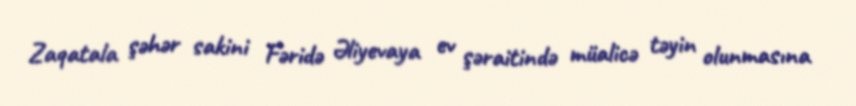
Zaqatala şəhər sakini Fəridə Əliyevaya ev şəraitində müalicə təyin olunmasına